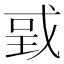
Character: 戜